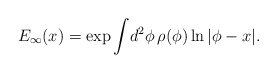
\begin{align*}E_{\infty}(x) = \exp\int\! d^{2}\phi\, \rho(\phi) \ln |\phi -x|.\end{align*}